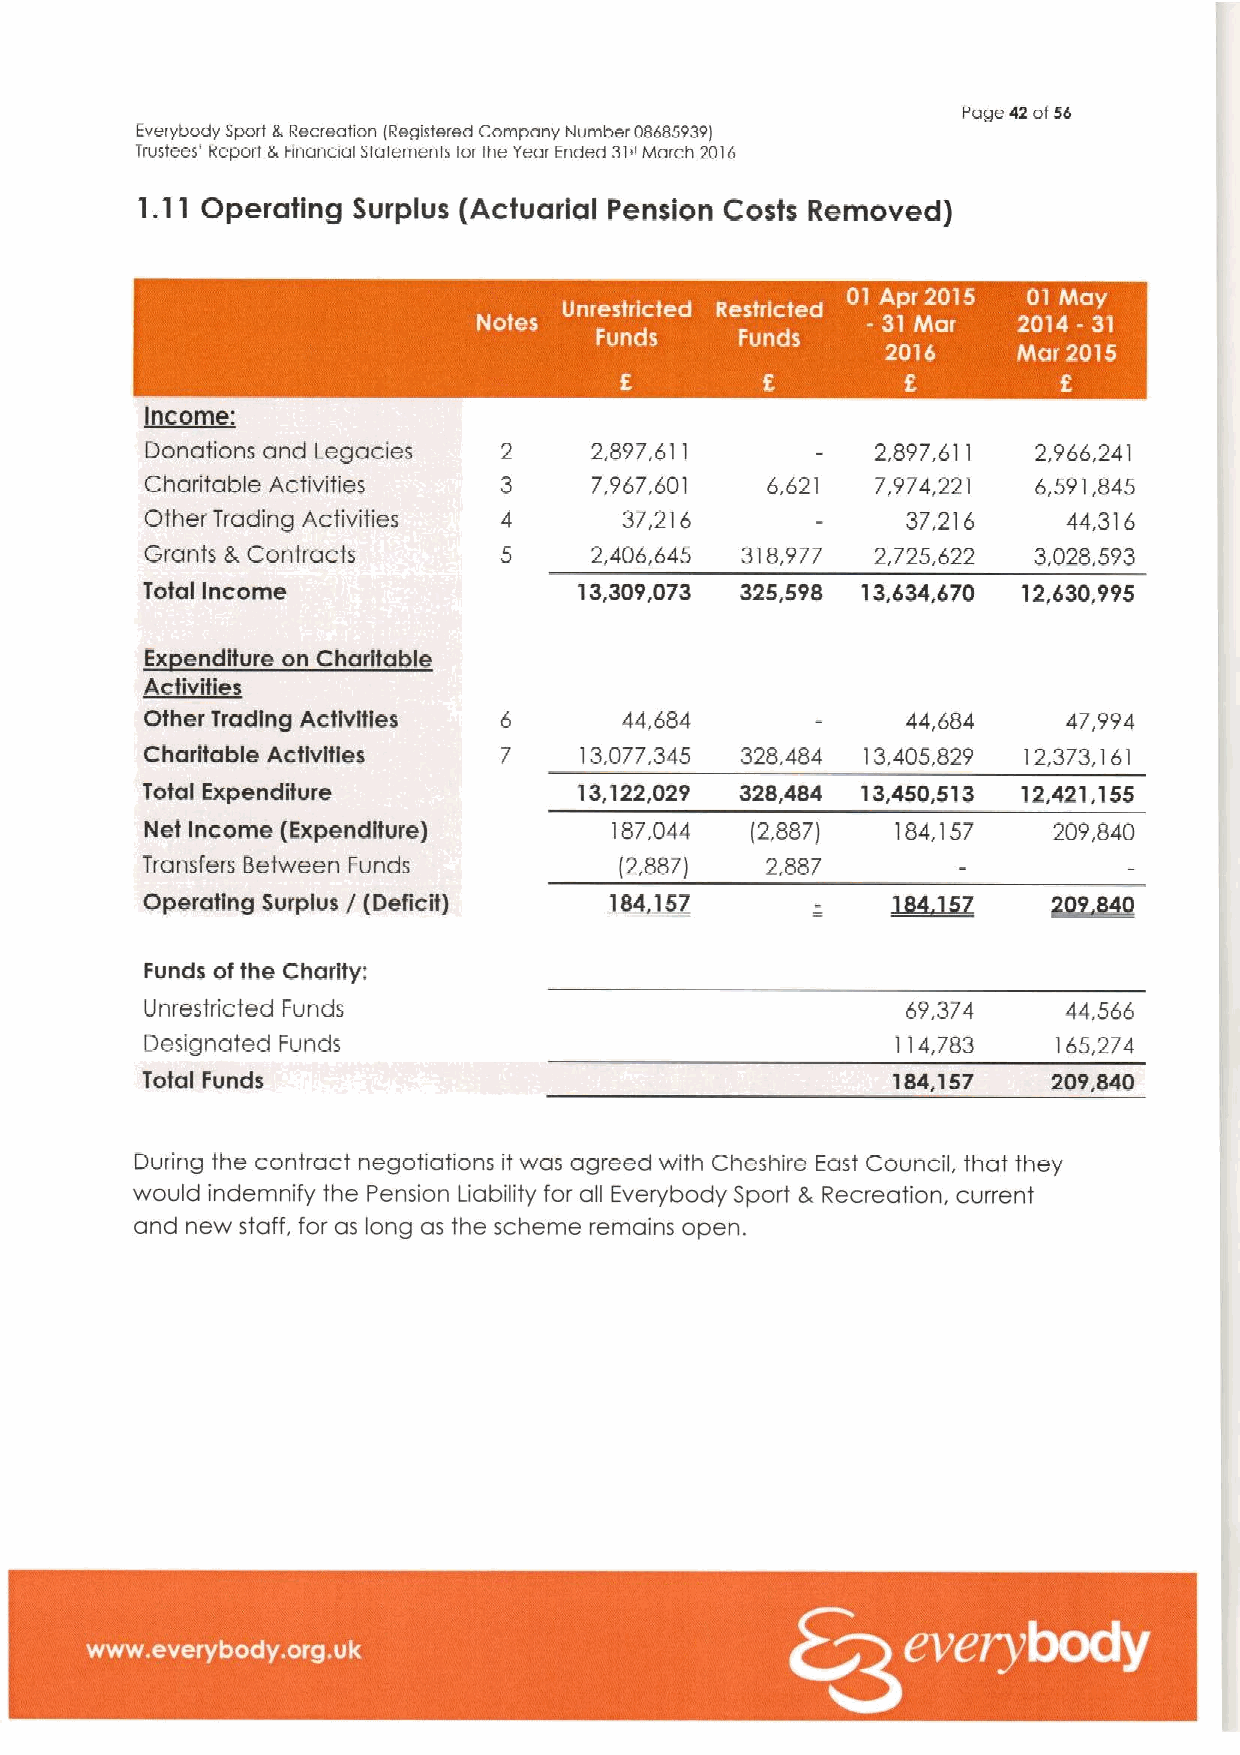
Page 42of56
 Everybody Sport SRecreation lRegislered Carnpany NuMber 08685939)
 Trustees' Report 5,nnanoal statements for Ihe Year Ended 31"March 2016
 1.11 Operating Surplus (Actuarial Pension Costs Removed)
 '
 I   ~
 ~  I
 Income:
 Donations and Legacies 2     2,897,611          2,897,611  2,966.241
 Charitable Activities  3     7,967,601   6,621  7,974,221  6,591,845
 Other Trading Activities 4     37,216             37,216     44,316
 Grants 8,Contracts     5     2,406,645 318,977  2,725,622 3,028,593
 Total income                 13,309,073 325,598 13,634,670 12,630,995
 Ex endlture on Charitable
 ~ktl ltl
 Other Tracling Activities 6    44,684             44,684     47,994
 Charitable Activities  7    13,077,345 328,484 13.405,829 12,373,161
 Total Expenditure            13,122,029 328,484 13,450,513 12,421,155
 Net Income (Expendifure)       187,044  (2,887)  184,157    209,840
 Transfers Between Funds         (2,887)   2.887
 Operating Surplus / (Deficit)
 Funds ofthe Charity:
 Unrestricted Funds                                69,374     44,566
 Designated Funds                                 114,783    165,274
 Total Funds                                       184,157    209,840
 During the contract negofiations it was agreed with Cheshire East Council, that they
 would indemnify the Pension Liability for all Everybody Sport 3, Recreation, current
 and new staff, for as long as the scheme remains open.
 ~ ~ ~